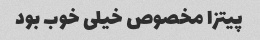
پیتزا مخصوص خیلی خوب بود